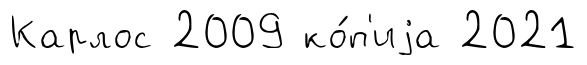
Карлос 2009 ко́п'иjа 2021